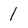
Character: 1